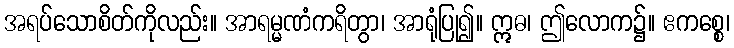
အရပ်သောစိတ်ကိုလည်း။ အာရမ္မဏံကရိတွာ၊ အာရုံပြု၍။ ဣဓ၊ ဤလောက၌။ ဧကစ္စေ၊